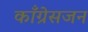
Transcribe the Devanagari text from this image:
काँग्रेसजन